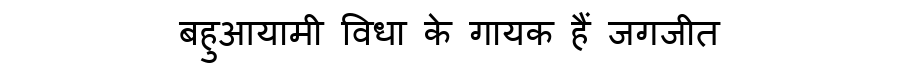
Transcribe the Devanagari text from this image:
बहुआयामी विधा के गायक हैं जगजीत